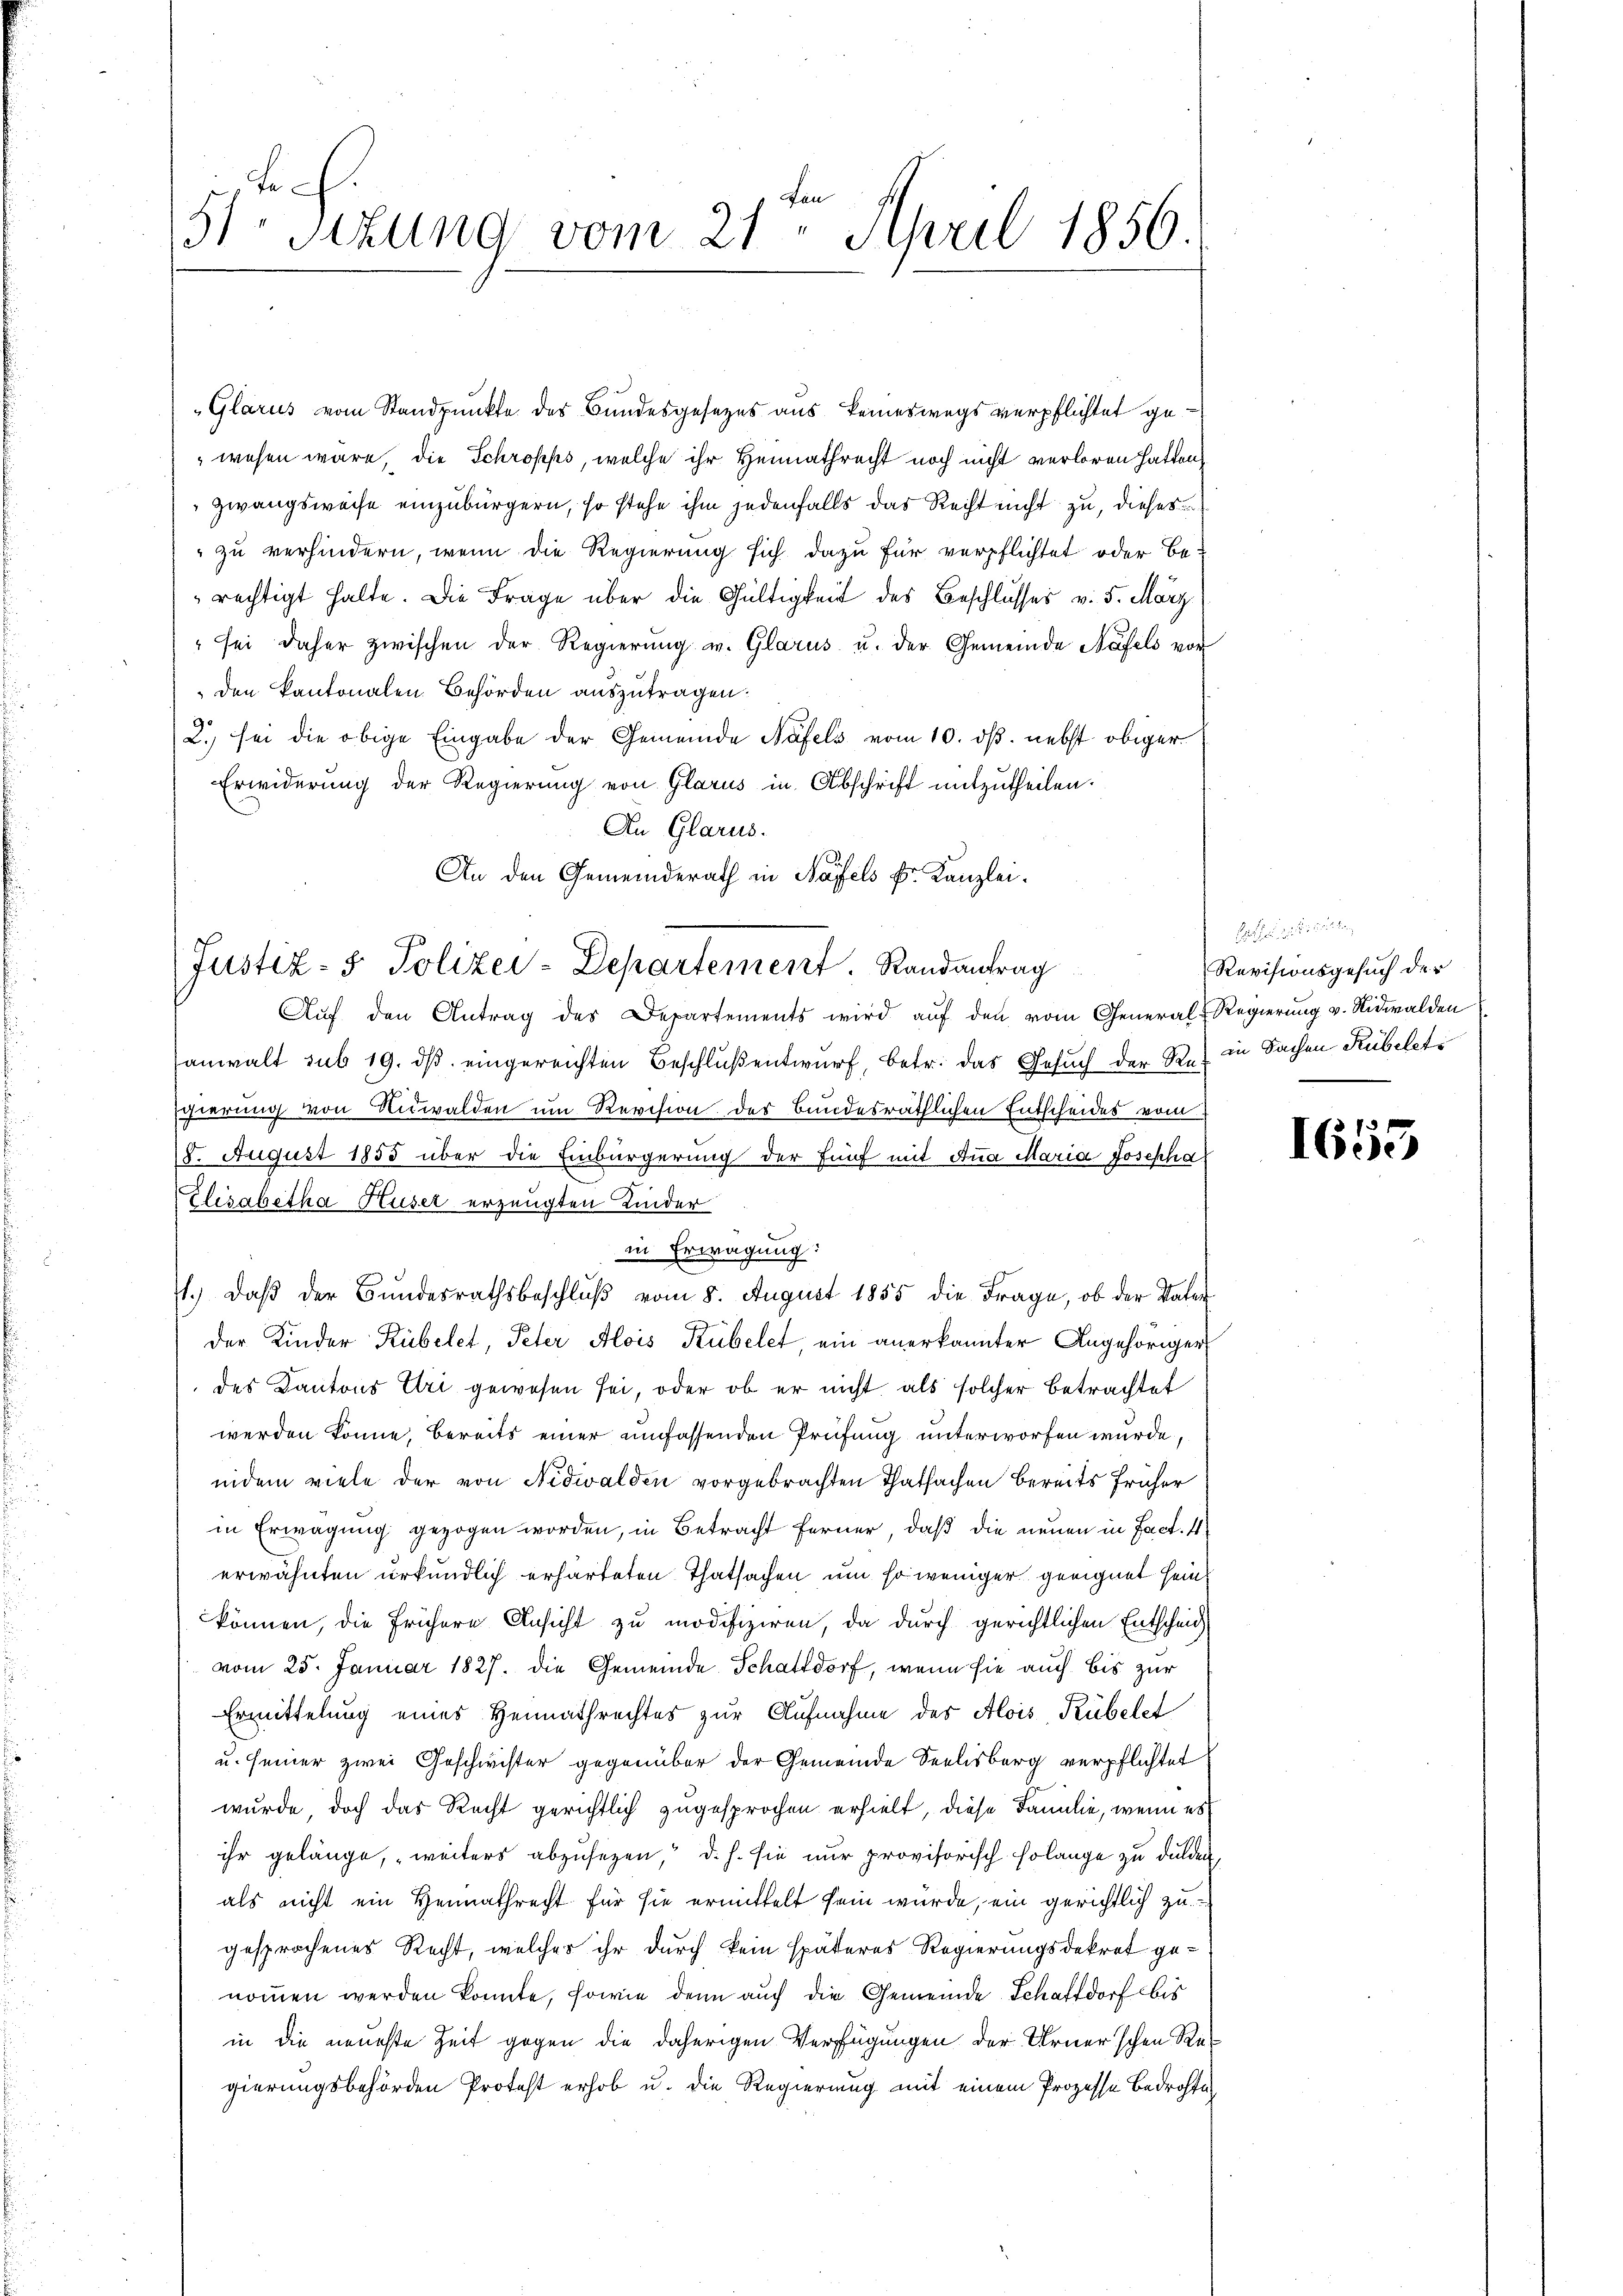
5te Sizung vom 21. April 1856.

Glarus vom Standpunkte des Bundesgesezes aus keineswegs verpflichtet gewesen wäre, die Schröpps, welche ihr Heimathrecht noch nicht verloren hatten,
Zwangsweise einzubürgern, so stehe ihm jedenfalls das Recht nicht zu, dieses
 zu verhindern, wenn die Regierung sich dazu für verpflichtet oder berechtigt halte. Die Frage über die Gültigkeit des Beschlusses v. 5. März)
" sei daher zwischen der Regierung u. Glarus u. der Gemeinde Näfels vor
den kantonalen Behörden auszutragen.
2.) sei die obige Eingabe der Gemeinde Näfels vom 10. dß. nebst obiger
Erwiderung der Regierung von Glarus in Abschrift mitzutheilen.
An Glarus.
An den Gemeinderath in Näfels k. Kanzlei¬
Aŭf den Antrag des Departements wird aŭf den vom General-Regierŭng v. Nidwalden
anwalt sub 19. dβ eingereichten Beschlŭβentwurf, betr. das Gesuch der Rein Sachen Rubeleti
Egierung von Nidwalden um Revision der bundesräthlichen Entscheides vom
15. August 1855 über die Einbürgerung der fünf mit Anna Maria Josepha
Elisabetha Huser erzeugten Kinder
in Erwägung:
1.) Daß der Bundesrathsbeschlŭβ vom 8. August 1855 die Frage, ob der Vater
der Kinder Kübelet, Peter Alois Kübelet, ein anerkannter Angehöriger
des Kantons Uri gewesen sei, oder ob er nicht als solcher betrachtet
werden könne, bereits einer umfassenden Prüfung unterworfen wurde,
iindem viele der von Nidwalden vorgebrachten Thatsachen bereits früher
in Erwägung gezogen worden, in Betracht ferner, daß die neuen in Fact. 4
erwähnten urkundlich erharteten Thatsachen um so weniger geeignet sein
können, die frühere Ansicht zu modifiziren, da durch gerichtlichen Entscheid
vom 25. Januar 1827. die Gemeinde Schattdorf, wenn sie auch bis zur
Ermittelung eines Heimathrechtes zur Aufnahme des Alois, Kübelet
u. seiner zwei Geschwister gegenüber der Gemeinde Seelisberg verpflichtet
wurde, doch das Recht gerichtlich zugesprochen erhielt, diese Familie, wenn es
ihr gelänge, weiters abzusetzen, d. h. sie nur provisorisch solange zu dulden
als nicht ein Heimathrecht für sie ermittelt sein würde, ein gerichtlich zugesprochenes Recht, welches ihr durch kein späteres Regierungsdekret genommen werden könnte, sowie denn auch die Gemeinde Schaftdorf bes
in die neueste Zeit gegen die daherigen Verfügungen der Urner’schen Regierungsbehörden Protest erhob u. die Regierung mit einem Prozesse Bedrohte

Justiz- & Polizei-Departement. Randantrag

Hecht eine,
Revisionsgesuch der

1655